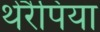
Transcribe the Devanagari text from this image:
थेरैपिया